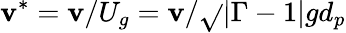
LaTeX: \mathbf{v}^{\ast}=\mathbf{v}/U_{g}=\mathbf{v}/\sqrt{}{{|\Gamma-1|gd_{p}}}